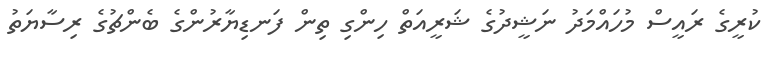
ކުރީގެ ރައީސް މުހައްމަދު ނަޝީދުގެ ޝަރީއަތް ހިންގި ތިން ފަނޑިޔާރުންގެ ބެންޗުގެ ރިސާޔަތު